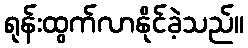
ရုန်းထွက်လာနိုင်ခဲ့သည်။